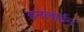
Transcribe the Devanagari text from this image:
इनलाईन